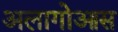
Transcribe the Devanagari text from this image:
अलागोआस